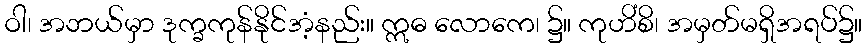
ဝါ၊ အဘယ်မှာ ဒုက္ခကုန်နိုင်အံ့နည်း။ ဣဓ လောကေ၊ ၌။ ကုဟိံစိ၊ အမှတ်မရှိအရပ်၌။